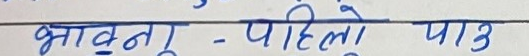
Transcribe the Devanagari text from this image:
भावनु - पहिलो पाउ